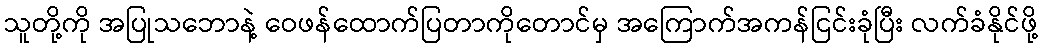
သူတို့ကို အပြုသဘောနဲ့ ဝေဖန်ထောက်ပြတာကိုတောင်မှ အကြောက်အကန်ငြင်းခုံပြီး လက်ခံနိုင်ဖို့